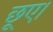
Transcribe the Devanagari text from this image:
छूए।